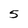
Character: 5